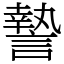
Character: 謺